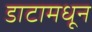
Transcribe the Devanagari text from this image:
डाटामधून